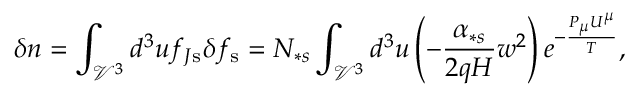
\delta n = \int _ { \mathcal { V } ^ { 3 } } d ^ { 3 } u f _ { J \mathrm { s } } \delta f _ { \mathrm { s } } = N _ { \ast s } \int _ { \mathcal { V } ^ { 3 } } d ^ { 3 } u \left( - \frac { \alpha _ { \ast s } } { 2 q H } w ^ { 2 } \right) e ^ { - \frac { P _ { \mu } U ^ { \mu } } { T } } ,